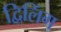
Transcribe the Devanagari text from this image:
द्विलिंग